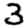
Digit: 3